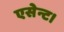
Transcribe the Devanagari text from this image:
एसेन्ट।